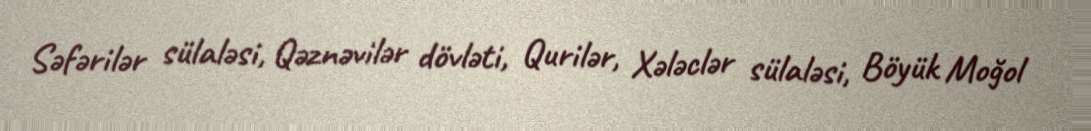
Səfərilər sülaləsi, Qəznəvilər dövləti, Qurilər, Xələclər sülaləsi, Böyük Moğol